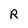
Character: R